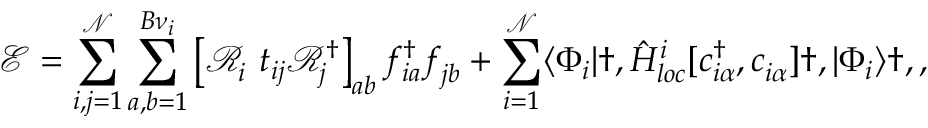
\mathcal { E } = \sum _ { i , j = 1 } ^ { \mathcal { N } } \sum _ { a , b = 1 } ^ { B { \nu } _ { i } } \left[ \mathcal { R } _ { i } ^ { \phantom { \dagger } } t _ { i j } \mathcal { R } _ { j } ^ { \dagger } \right] _ { a b } f _ { i a } ^ { \dagger } f _ { j b } ^ { \phantom { \dagger } } + \sum _ { i = 1 } ^ { \mathcal { N } } \langle \Phi _ { i } | \dag , \hat { H } _ { l o c } ^ { i } [ c _ { i \alpha } ^ { \dagger } , c _ { i \alpha } ^ { \phantom { \dagger } } ] \dag , | \Phi _ { i } \rangle \dag , ,